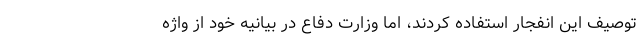
توصیف این انفجار استفاده کردند، اما وزارت دفاع در بیانیه خود از واژه